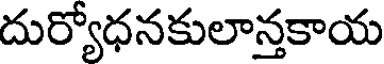
దుర్యోధనకులాన్తకాయ